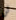
لن